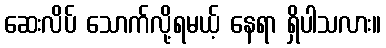
ဆေးလိပ် သောက်လို့ရမယ့် နေရာ ရှိပါသလား။